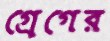
গ্রেগের